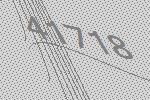
41718